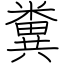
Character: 糞